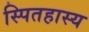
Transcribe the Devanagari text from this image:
स्पितहास्य